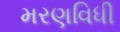
મરણવિધી